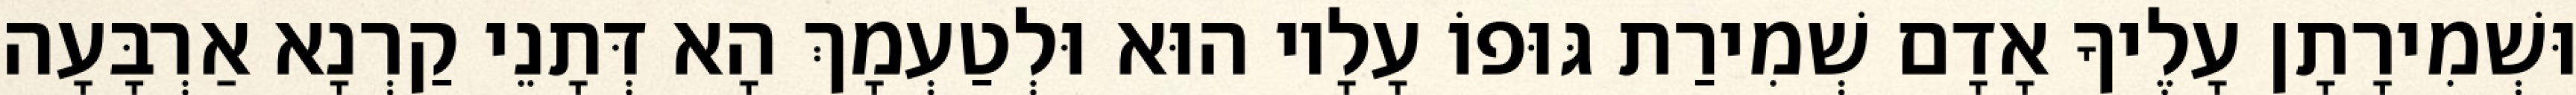
וּשְׁמִירָתָן עָלֶיךָ אָדָם שְׁמִירַת גּוּפוֹ עָלָיו הוּא וּלְטַעְמָךְ הָא דְּתָנֵי קַרְנָא אַרְבָּעָה